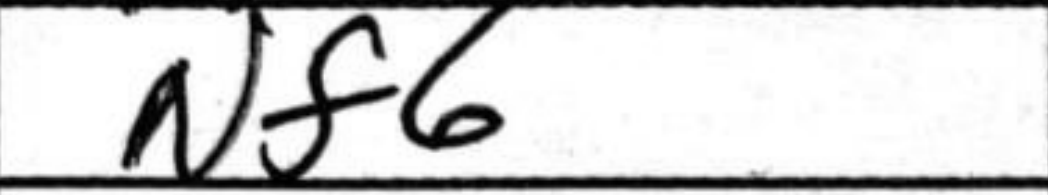
Transcription: Nf6